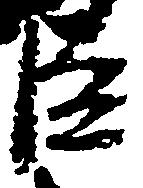
臣